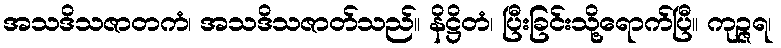
အသဒိသဇာတကံ၊ အသဒိသဇာတ်သည်။ နိဋ္ဌိတံ၊ ပြီးခြင်းသို့ရောက်ပြီ။ ကုဉ္ဇရ၊